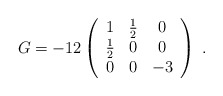
\begin{align*}G=-12 \left( \begin{array}{ccc} 1 & \frac{1}{2} & 0 \\ \frac{1}{2} & 0 & 0 \\ 0 & 0 & -3 \\ \end{array} \right)\; .\end{align*}